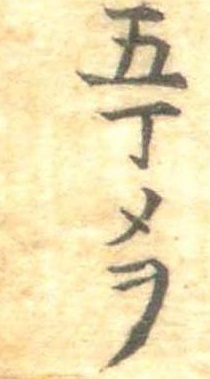
五丁メヲ